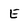
Character: E